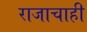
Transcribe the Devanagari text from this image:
राजाचाही